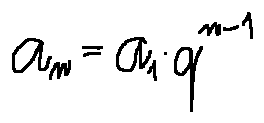
a _ { n } = a _ { 1 } \cdot q ^ { n - 1 }